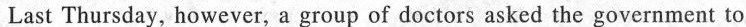
Last Thursday, however, a group of doctors asked the government to